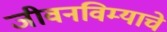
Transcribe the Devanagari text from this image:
जीवनविम्याचे